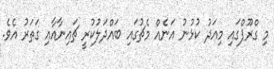
މި ގްރޫޕްގައި މިއަދު ކުޅުނު އަނެއް މެޗުގައި ބައްދަލުކުރީ ޗައިނާއާއި ގަތަރު އެވެ.